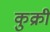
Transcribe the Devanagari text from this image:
कुक्री